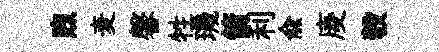
煦麦馨牲璣箭利俞庱彀